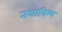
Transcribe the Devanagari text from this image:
तथाविश्व